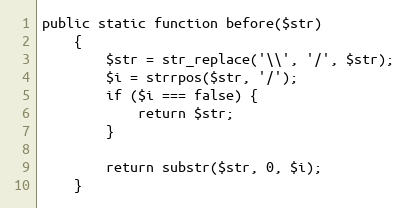
Language: PHP
public static function before($str)
    {
        $str = str_replace('\\', '/', $str);
        $i = strrpos($str, '/');
        if ($i === false) {
            return $str;
        }

        return substr($str, 0, $i);
    }